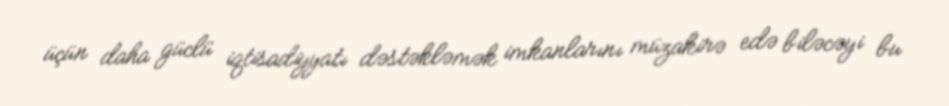
üçün daha güclü iqtisadiyyatı dəstəkləmək imkanlarını müzakirə edə biləcəyi bu